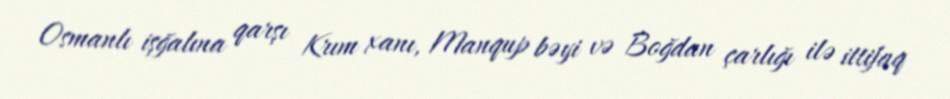
Osmanlı işğalına qarşı Krım xanı, Manqup bəyi və Boğdan çarlığı ilə ittifaq